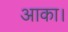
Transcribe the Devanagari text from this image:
आका।